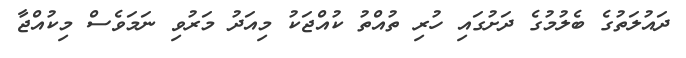
ދައުލަތުގެ ބެލުމުގެ ދަށުގައި ހުރި ތުއްތު ކުއްޖަކު މިއަދު މަރުވި ނަމަވެސް މިކުއްޖާ